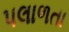
પલાળતા